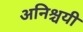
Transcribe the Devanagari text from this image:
अनिश्चयी